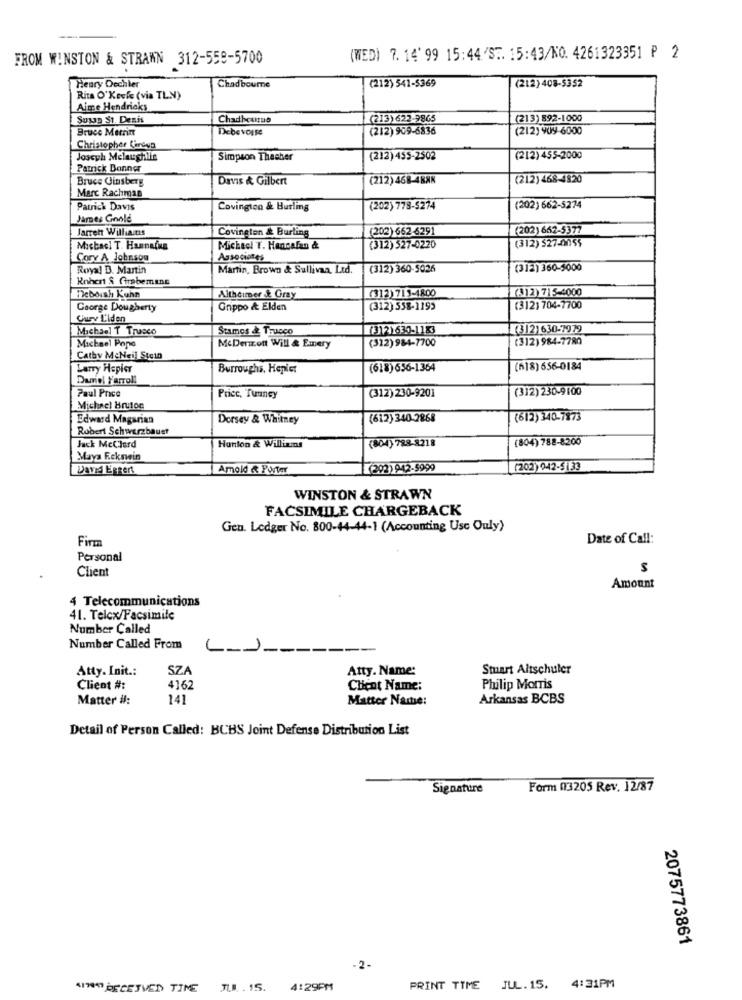
FROM WINSTON & STRAWN 312-559-5700
(WED) 7. 14' 99 15:44 'ST. 15:43/NO. 4261323351 ₽ 2
Henry Dcchler
(212) 541-5369
(212) 408-5352
Chadbourne
Rita O'Keefe (via TLN)
Aime Hendricks
Susap St. Denis
Chadheuttue
(213)622-9865
(213) 892-1000
Bruce Metria
Debe voise
(212) 909-6836
(212) 909-6000
Christopher Careva
Joseph Mclaughlin
Simpson Thecher
(212) 455-2502
(212) 455-2000
Patrick Bonner
Bruce Ginsberg
Davis & Gilbert
(212) 468-4BAK
(212) 468-4820
Marc Rachman
Patrick Davis
Covington & Burling
(202) 778-5274
(202) 662-5274
James Gnole
Jarren Williams
Covington & Burling
(202) 662-6291
(202) 662-5377
(312) 527-0055
Michacl T. Hannains
Michael T. Hancalan &
(312) 527-0220
Cory A Johnson
Associeses
Royal D. Martin
Martin, Brown & Sullivan, Ltd.
(312) 360-5026
(312) 360-5006
Robert S Girebemine
(312)713-4800
(312)715-4000
Deborah Kuhn
Altheimer & Gray
Caorge Dougherty
Grippo & Elden
(312) 558-1195
(312) 704-7700
Curv L'iden
Michael T Trucco
Stamos & Trucco
(3)2)635-1183
(312)630-7979
Michael Pope
(312) 984-7700
(312) 984-7780
McDermott Will & Emery
Cathy MeNeil Stein
Larry Hepier
Burroughs, Hepler
(618) 656-1364
(618) 656-0184
Duriel Yarroll
Paul Price
(312) 230-9201
(312) 230-9100
Pricc, Tunney
Michael Brutoe
Edward Magarian
Dorsey & Whitney
(612) 340-2868
(612) 340-7873
Robert Schwarzbaust
(804) 788-8200
Jack McClerd
Hunlon & Wiliams
(804) 789-3218
Maya F.ekswin
David Eggert
Amold & Porter
(292) 942-5999
(202)942-9133
WINSTON & STRAWN
FACSIMILE CHARGEBACK
Gen. Ledger No. 800-44-44-1 (Accounting Use Only)
Firm
Date of Call:
Personal
Client
S
Amount
4 Telecommunications
41. Telcx/Facsimile
Number Called
Number Called From
C ------
Atty. Init .:
SZA
Atty. Name:
Stuart Altschuler
Client #:
4162
Chent Name:
Philip Morris
Matter #:
141
Matter Name:
Arkansas BCBS
Detail of Person Called: BCBS Joint Defense Distribution List
Signature
Form 03205 Rev. 12/87
2075773861
-2-
AIWA DECEIVED TINE JU. 15. 4:29PM
PRINT TIME
JUL. 15. 4:31PM